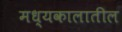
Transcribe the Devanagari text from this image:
मध्यकालातील